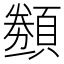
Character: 𬱋